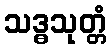
သဒ္ဓသုတ္တံ